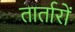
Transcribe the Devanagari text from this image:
तार्तारों